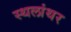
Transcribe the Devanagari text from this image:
स्थलांथर